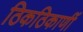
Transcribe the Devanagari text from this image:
ठिकठिकाणीं